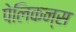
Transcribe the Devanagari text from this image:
पेलिकन्स